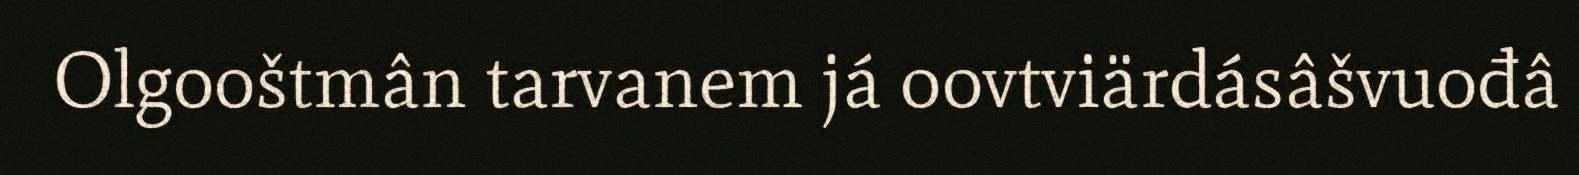
Olgooštmân tarvanem já oovtviärdásâšvuođâ